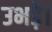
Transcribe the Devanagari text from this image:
उभड़े।